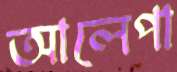
আলেপা